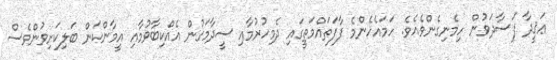
ޢަޤީދާ ފަސާދަވުން ހިމެނިގެންވެއެވެ. ހަމައެހެންމެ ފާފަތައްމަތީގައި ދެމިހުރުމާއި ސީދާމަގުން އެއްކިބާވުމާއި އީމާންކަން ބަލިކަށިވުންވެސް